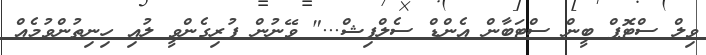
ވިލް ސްޓޮޕް ބީން ސްޓަބާން އެންޑް ސެލްފިޝް..." ވޭނުން ފުރިގެންވީ ލުއި ހިނިތުންވުމެއް